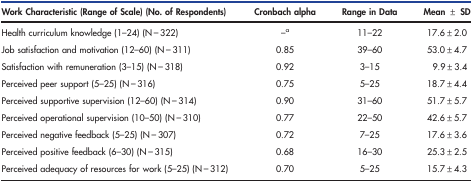
| Work Characteristic (Range of Scale) (No. of Respondents) | Cronbach alpha | Range in Data | Mean ± SD |
 | --- | --- | --- | --- |
 | Health curriculum knowledge (1–24) (N = 322) | –a | 11–22 | 17.6±2.0 |
 | Job satisfaction and motivation (12–60) (N = 311) | 0.85 | 39–60 | 53.0±4.7 |
 | Satisfaction with remuneration (3–15) (N = 318) | 0.92 | 3–15 | 9.9±3.4 |
 | Perceived peer support (5–25) (N = 316) | 0.75 | 5–25 | 18.7±4.4 |
 | Perceived supportive supervision (12–60) (N = 314) | 0.90 | 31–60 | 51.7±5.7 |
 | Perceived operational supervision (10–50) (N = 310) | 0.77 | 22–50 | 42.6±5.7 |
 | Perceived negative feedback (5–25) (N = 307) | 0.72 | 7–25 | 17.6±3.6 |
 | Perceived positive feedback (6–30) (N = 315) | 0.68 | 16–30 | 25.3±2.5 |
 | Perceived adequacy of resources for work (5–25) (N = 312) | 0.70 | 5–25 | 15.7±4.3 |